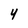
Character: 4